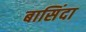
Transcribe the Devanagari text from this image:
बासिंदा